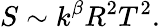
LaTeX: S\sim k^{\beta}R^{2}T^{2}.